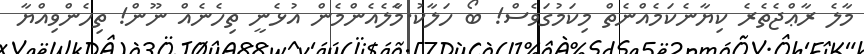
މާލެ ރާޢްޖެތެރެ ކިޔާނެކަމެއްނެތް މިކަމުގަވެސް! ބޯ ހަލާކު.މާެލެއެންމެން އުޅެނީ ތިހެނެއް ނޫން! ތިހެންވިއްޔާ